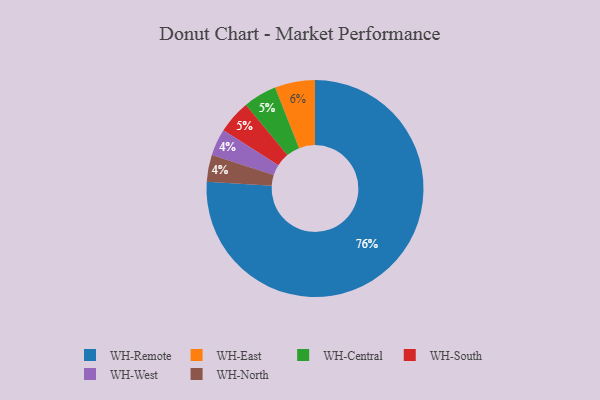
{"axis": {"x": "Category", "y": "Percentage"}, "legend": ["WH-Central", "WH-East", "WH-North", "WH-Remote", "WH-South", "WH-West"], "data": [{"x": "WH-West", "y": 4, "type": "WH-West"}, {"x": "WH-Central", "y": 5, "type": "WH-Central"}, {"x": "WH-South", "y": 5, "type": "WH-South"}, {"x": "WH-North", "y": 4, "type": "WH-North"}, {"x": "WH-Remote", "y": 76, "type": "WH-Remote"}, {"x": "WH-East", "y": 6, "type": "WH-East"}]}